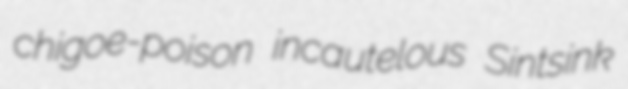
chigoe-poison incautelous Sintsink